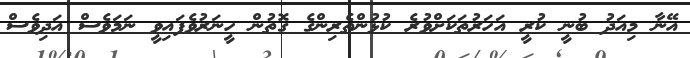
އޭނާ މިއަދު ބުނީ ކުރީ އަހަރުތަކަށްވުރެ ކުޅުންތެރިންގެ ގޮތުން ހީނަރުވެފައިވީ ނަމަވެސް އަދިވެސް